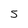
Character: 5